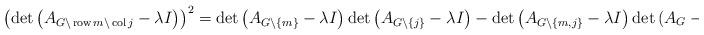
LaTeX: \begin{align*}\left( \det\left( A_{G\backslash\operatorname{row}m\backslash\operatorname{col}j}-\lambda I\right) \right) ^{2}=\det\left(A_{G\backslash\left\{ m\right\} }-\lambda I\right) \det\left(A_{G\backslash\left\{ j\right\} }-\lambda I\right) -\det\left(A_{G\backslash\left\{ m,j\right\} }-\lambda I\right) \det\left(A_{G}-\lambda I\right) \end{align*}